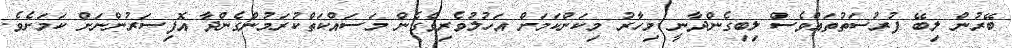
ބޭރުން ލިބޭ ފުރުސަތުތައްވެސް ލިބިގެންދާނީ މިހާރު މިކަންކަމަށް އަހުލުވެރިވެގެން މަސައްކަތްކުރަމުންގެންދާ އޮފިސަރުންނަށް ކަމަށެވެ.